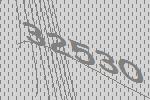
32530